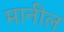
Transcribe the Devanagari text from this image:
मानील